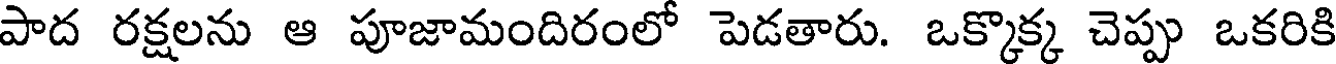
పాద రక్షలను ఆ పూజామందిరంలో పెడతారు. ఒక్కొక్క చెప్పు ఒకరికి